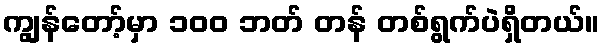
ကျွန်တော့်မှာ ၁၀၀ ဘတ် တန် တစ်ရွက်ပဲရှိတယ်။